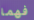
فهما